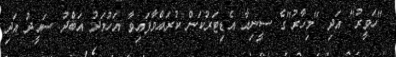
"ހަވީރު" އަދި "މިހާރު"ގެ ސީނިއާ އެޑިޓަރުކަން ކުރައްވާފައިވާ އަހުމަދު އަބްދު ސައީދު އަދި